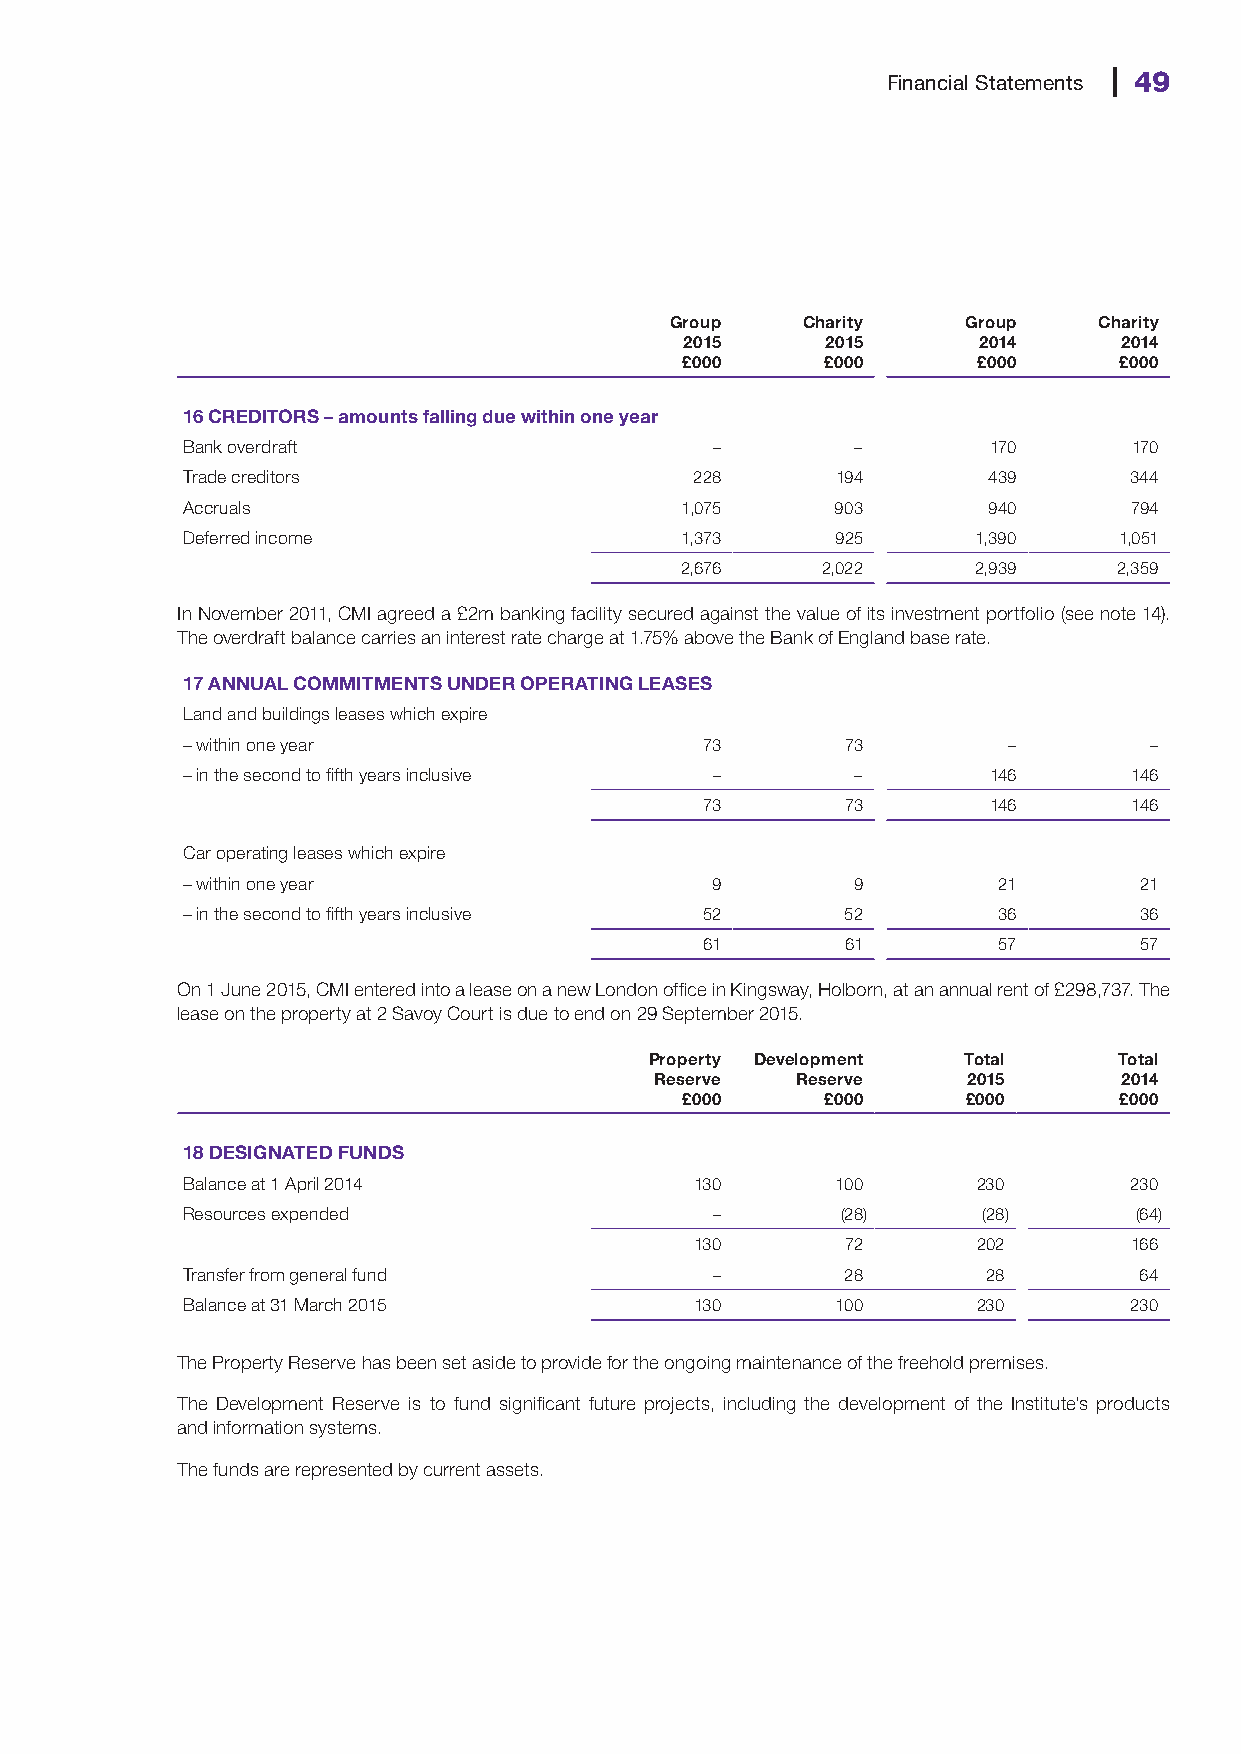
Financial Statements 49
 Group    Charity    Group    Charity
 2015      2015      2014     2014
 £000      £000      £000     £000
 16 CREDITORS – amounts falling due within one year
 Bank overdraft                     –         –        170      170
 Trade creditors                   228      194       439       344
 Accruals                         1,075     903       940       794
 Deferred income                  1,373     925       1,390    1,051
 2,676    2,022     2,939     2,359
 In November 2011, CMI agreed a £2m banking facility secured against the value of its investment portfolio (see note 14).
 The overdraft balance carries an interest rate charge at 1.75% above the Bank of England base rate.
 17 ANNUAL COMMITMENTS UNDER OPERATING LEASES
 Land and buildings leases which expire
 – within one year                 73        73         –        –
 – in the second to fifth years inclusive –   –       146       146
 73        73       146       146
 Car operating leases which expire
 – within one year                  9        9         21       21
 – in the second to fifth years inclusive 52 52        36       36
 61        61        57       57
 On 1 June 2015, CMI entered into a lease on a new London office in Kingsway, Holborn, at an annual rent of £298,737. The
 lease on the property at 2 Savoy Court is due to end on 29 September 2015.
 Property Development Total     Total
 Reserve   Reserve    2015      2014
 £000      £000     £000      £000
 18 DESIGNATED FUNDS
 Balance at 1 April 2014           130      100       230       230
 Resources expended                 –        (28)     (28)      (64)
 130       72       202       166
 Transfer from general fund         –        28       28        64
 Balance at 31 March 2015          130      100       230       230
 The Property Reserve has been set aside to provide for the ongoing maintenance of the freehold premises.
 The Development Reserve is to fund significant future projects, including the development of the Institute’s products
 and information systems.
 The funds are represented by current assets.